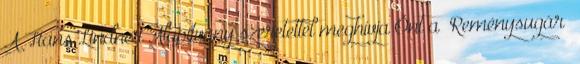
A Hans Lindner Alapítvány szeretettel meghívja Önt a “Reménysugár”